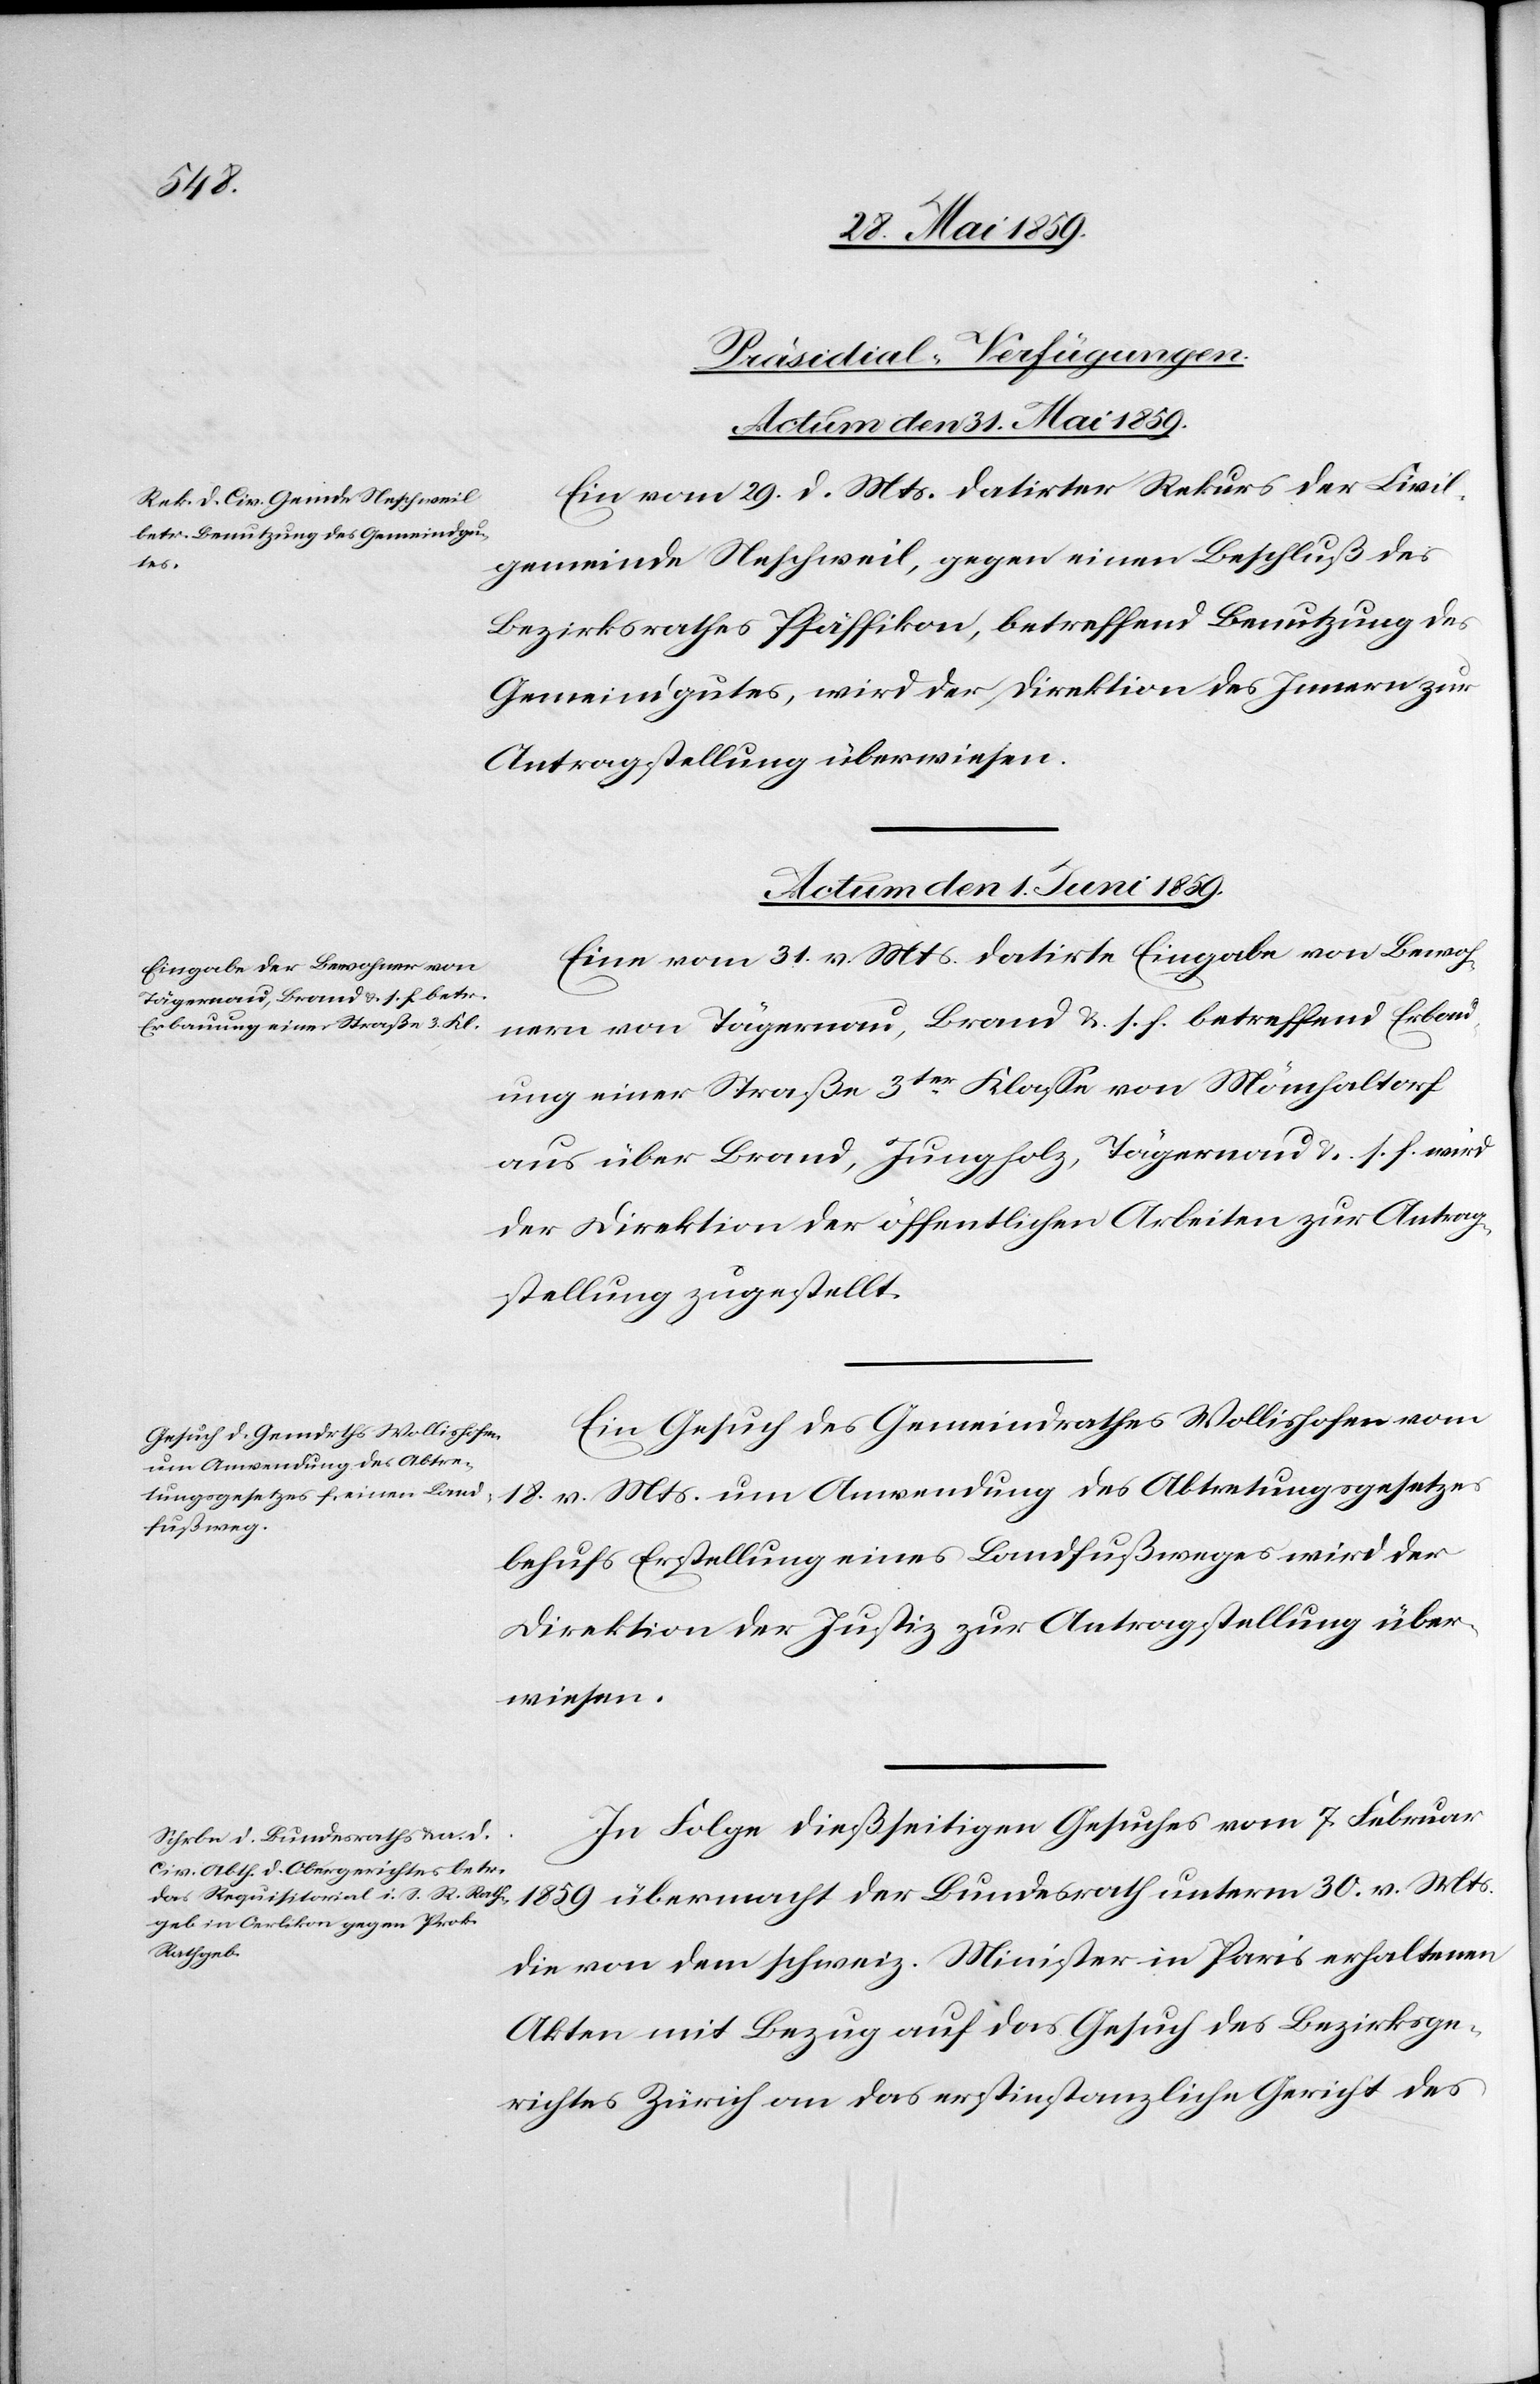
[Präsidial–Verfügungen.
Actum den 31. Mai 1859.
Ein vom 29. d. Mts. datirter Rekurs der Civil¬
gemeinde Neschweil, gegen einen Beschluß des
Bezirksrathes Pfäffikon, betreffend Benutzung des
Gemein’gutes, wird der Direktion des Innern zur
Antragstellung überwiesen.
Actum den 1. Juni 1859.]
Eine vom 31. v. Mts. datirte Eingabe von Bewoh¬
nern von Tägernau, Brand u. s. f. betreffend Erbau¬
ung einer Straße 3er Klasse von Mönchaltorf
aus über Brand, Jungholz, Tägernau u. s. f. wird
der Direktion der öffentlichen Arbeiten zur Antrag¬
stellung zugestellt.
Ein Gesuch des Gemeindrathes Wollishofen vom
18. v. Mts. um Anwendung des Abtretungsgesetzes
behufs Erstellung eines Landfußweges wird der
Direktion der Justiz zur Antragstellung über¬
wiesen.
In Folge dießseitigen Gesuches vom 7. Februar
1859 überwacht der Bundesrath unterm 30. v. Mts.
die von dem schweiz. Minister in Paris erhaltenen
Akten mit Bezug auf das Gesuch des Bezirksge¬
richtes Zürich um das erstinstanzliche Gericht des